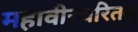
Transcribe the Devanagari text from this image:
महावीरचरितम्